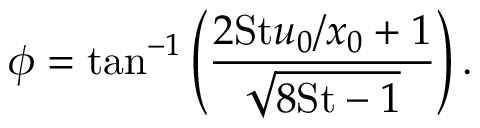
\phi = \tan ^ { - 1 } \left( \frac { 2 \mathrm { S t } u _ { 0 } / x _ { 0 } + 1 } { \sqrt { 8 \mathrm { S t } - 1 } } \right) .